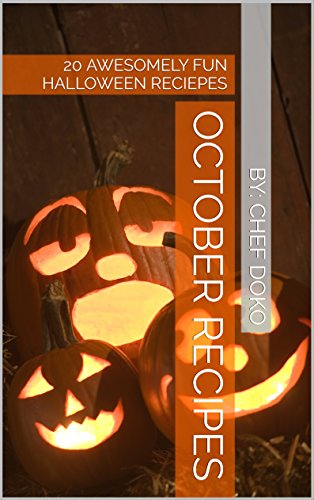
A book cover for October Recipes: 20 AWESOMELY FUN HALLOWEEN RECIPES (How To Do It Yourself); Chef Doko; Cookbooks, Food & Wine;